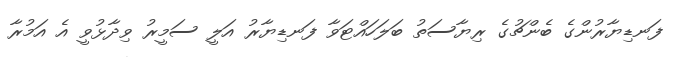
ފަނޑިޔާރުންގެ ބެންޗުގެ ރިޔާސަތު ބަލަހައްޓަވާ ފަނޑިޔާރު އަލީ ސަމީރު ވިދާޅުވީ އެ އަމުރާ